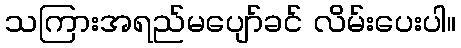
သကြားအရည်မပျော်ခင် လိမ်းပေးပါ။